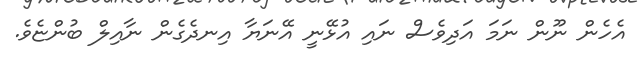
އެހެން ނޫން ނަމަ އަދިވެސް ނައި އުޅޭނީ އޭނަޔާ އިނދެގެން ނާއިލް ބުންޏެވެ.